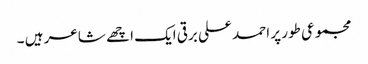
مجموعی طور پر احمد علی برقی ایک اچھے شاعر ہیں ۔